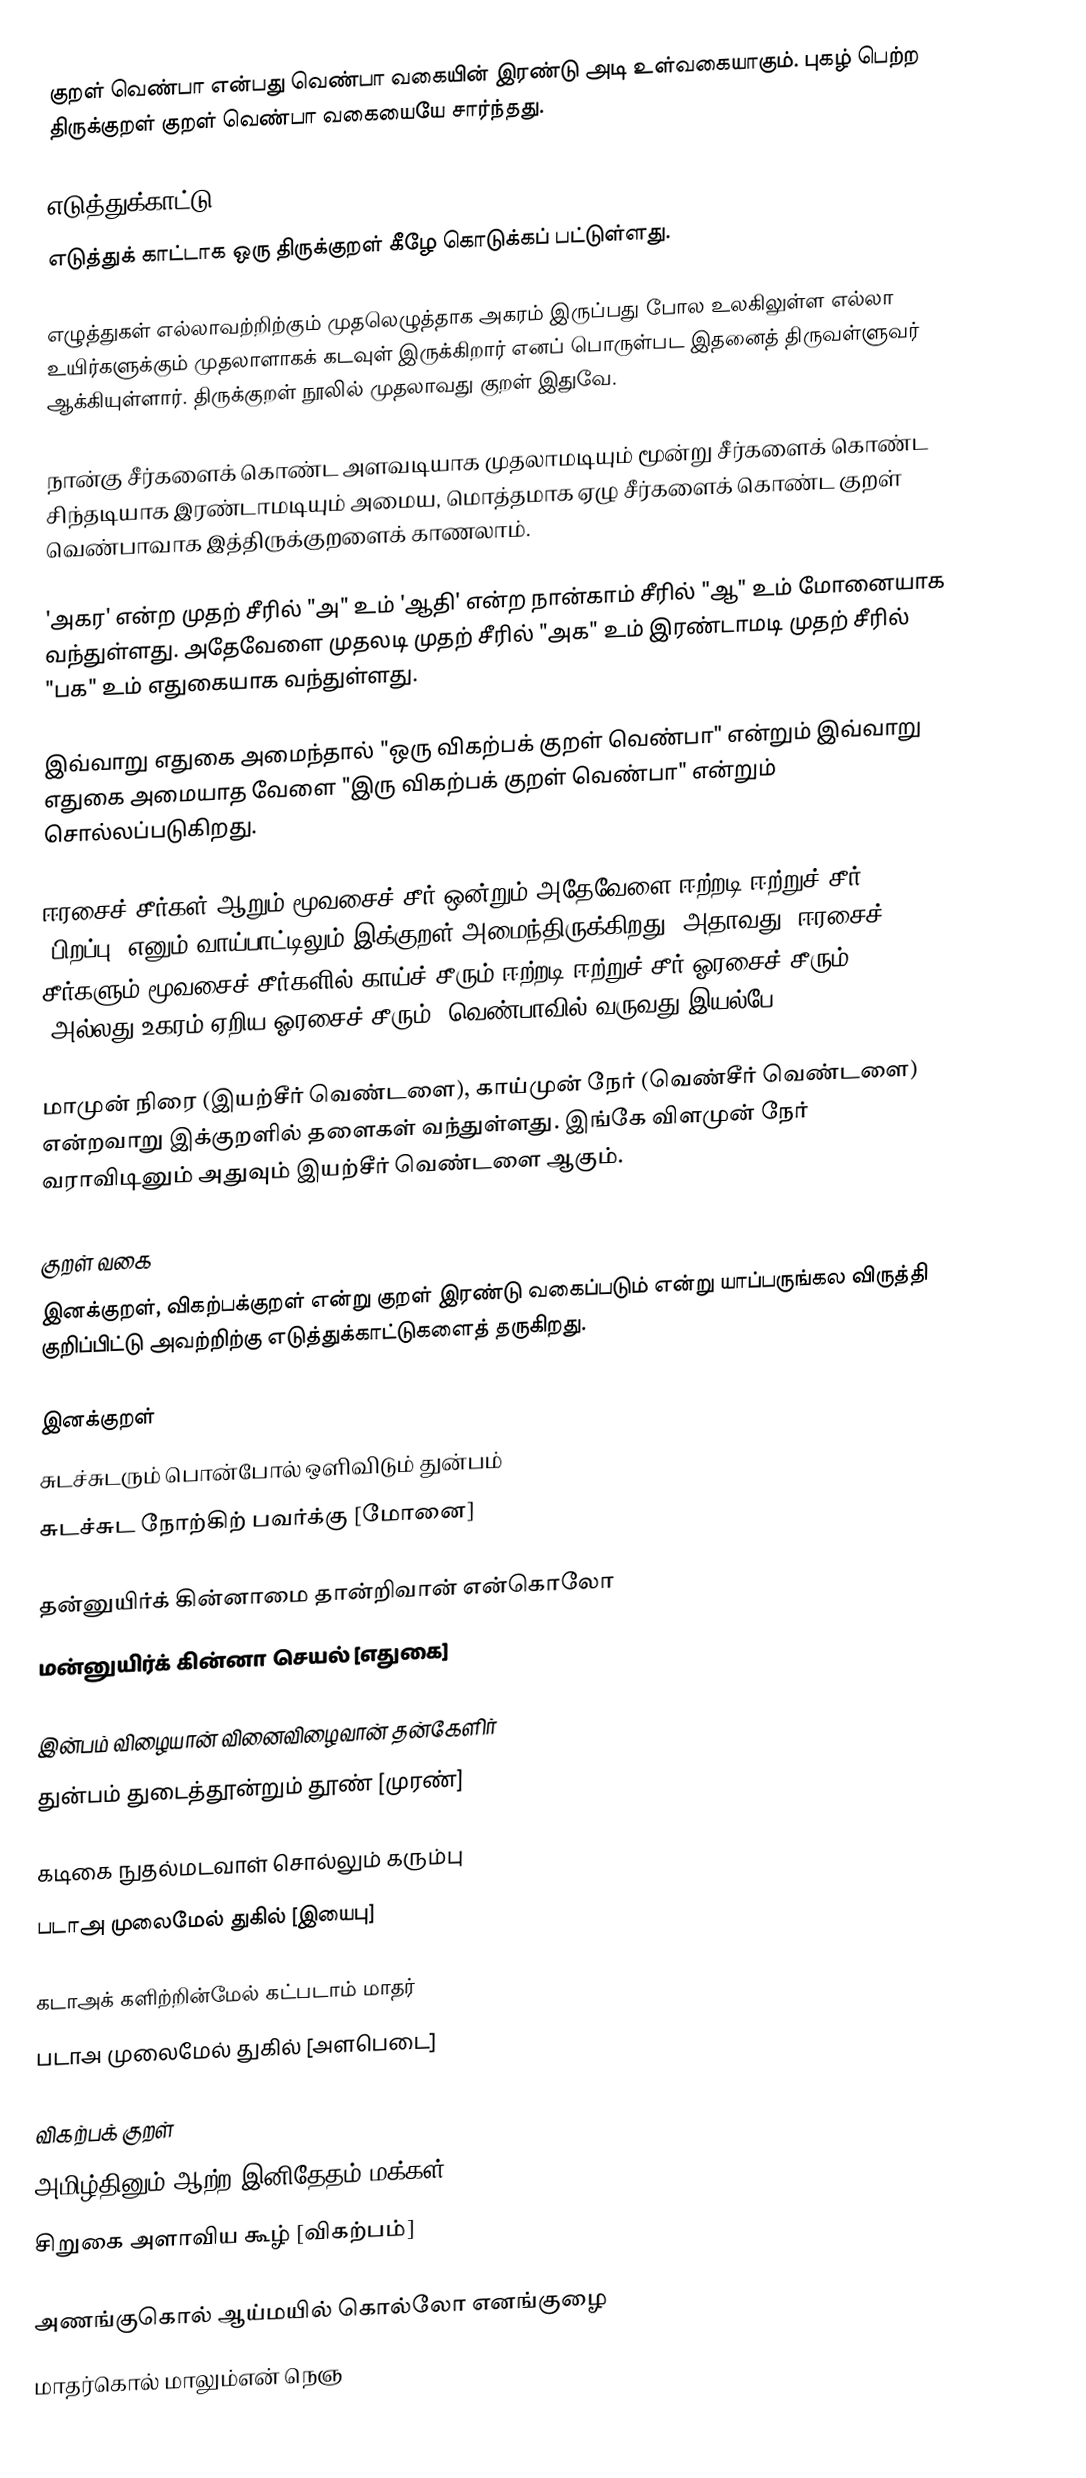
குறள் வெண்பா என்பது வெண்பா வகையின் இரண்டு அடி உள்வகையாகும். புகழ் பெற்ற திருக்குறள் குறள் வெண்பா வகையையே சார்ந்தது.

எடுத்துக்காட்டு
எடுத்துக் காட்டாக ஒரு திருக்குறள் கீழே கொடுக்கப் பட்டுள்ளது.

எழுத்துகள் எல்லாவற்றிற்கும் முதலெழுத்தாக அகரம் இருப்பது போல உலகிலுள்ள எல்லா உயிர்களுக்கும் முதலாளாகக் கடவுள் இருக்கிறார் எனப் பொருள்பட இதனைத்  திருவள்ளுவர் ஆக்கியுள்ளார். திருக்குறள் நூலில் முதலாவது குறள் இதுவே.

நான்கு சீர்களைக் கொண்ட அளவடியாக முதலாமடியும் மூன்று சீர்களைக் கொண்ட சிந்தடியாக இரண்டாமடியும் அமைய, மொத்தமாக ஏழு சீர்களைக் கொண்ட குறள் வெண்பாவாக இத்திருக்குறளைக் காணலாம்.

'அகர' என்ற முதற் சீரில் "அ" உம் 'ஆதி' என்ற நான்காம் சீரில் "ஆ" உம் மோனையாக வந்துள்ளது. அதேவேளை முதலடி முதற் சீரில் "அக" உம் இரண்டாமடி முதற் சீரில் "பக" உம் எதுகையாக வந்துள்ளது.

இவ்வாறு எதுகை அமைந்தால் "ஒரு விகற்பக் குறள் வெண்பா" என்றும் இவ்வாறு எதுகை அமையாத வேளை "இரு விகற்பக் குறள் வெண்பா" என்றும் சொல்லப்படுகிறது.

ஈரசைச் சீர்கள் ஆறும் மூவசைச் சீர் ஒன்றும் அதேவேளை ஈற்றடி ஈற்றுச் சீர் 'பிறப்பு' எனும் வாய்பாட்டிலும் இக்குறள் அமைந்திருக்கிறது. அதாவது, ஈரசைச் சீர்களும் மூவசைச் சீர்களில் காய்ச் சீரும் ஈற்றடி ஈற்றுச் சீர் ஓரசைச் சீரும் (அல்லது உகரம் ஏறிய ஓரசைச் சீரும்) வெண்பாவில் வருவது இயல்பே!

மாமுன் நிரை (இயற்சீர் வெண்டளை), காய்முன் நேர் (வெண்சீர் வெண்டளை) என்றவாறு இக்குறளில் தளைகள் வந்துள்ளது. இங்கே விளமுன் நேர் வராவிடினும் அதுவும் இயற்சீர் வெண்டளை ஆகும்.

குறள் வகை
இனக்குறள், விகற்பக்குறள் என்று குறள் இரண்டு வகைப்படும் என்று யாப்பருங்கல விருத்தி குறிப்பிட்டு அவற்றிற்கு எடுத்துக்காட்டுகளைத் தருகிறது.

இனக்குறள்
சுடச்சுடரும் பொன்போல் ஒளிவிடும் துன்பம்
சுடச்சுட நோற்கிற் பவர்க்கு [மோனை]

தன்னுயிர்க் கின்னாமை தான்றிவான் என்கொலோ
மன்னுயிர்க் கின்னா செயல் [எதுகை]

இன்பம் விழையான் வினைவிழைவான் தன்கேளிர்
துன்பம் துடைத்தூன்றும் தூண் [முரண்]

கடிகை நுதல்மடவாள் சொல்லும் கரும்பு
படாஅ முலைமேல் துகில் [இயைபு]

கடாஅக் களிற்றின்மேல் கட்படாம் மாதர்
படாஅ முலைமேல் துகில் [அளபெடை]

விகற்பக் குறள்
அமிழ்தினும் ஆற்ற இனிதேதம் மக்கள்
சிறுகை அளாவிய கூழ் [விகற்பம்]

அணங்குகொல் ஆய்மயில் கொல்லோ எனங்குழை
மாதர்கொல் மாலும்என் நெஞ